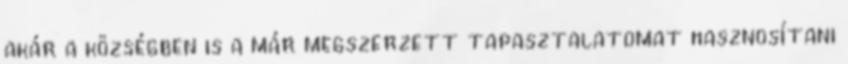
akár a községben is a már megszerzett tapasztalatomat hasznosítani